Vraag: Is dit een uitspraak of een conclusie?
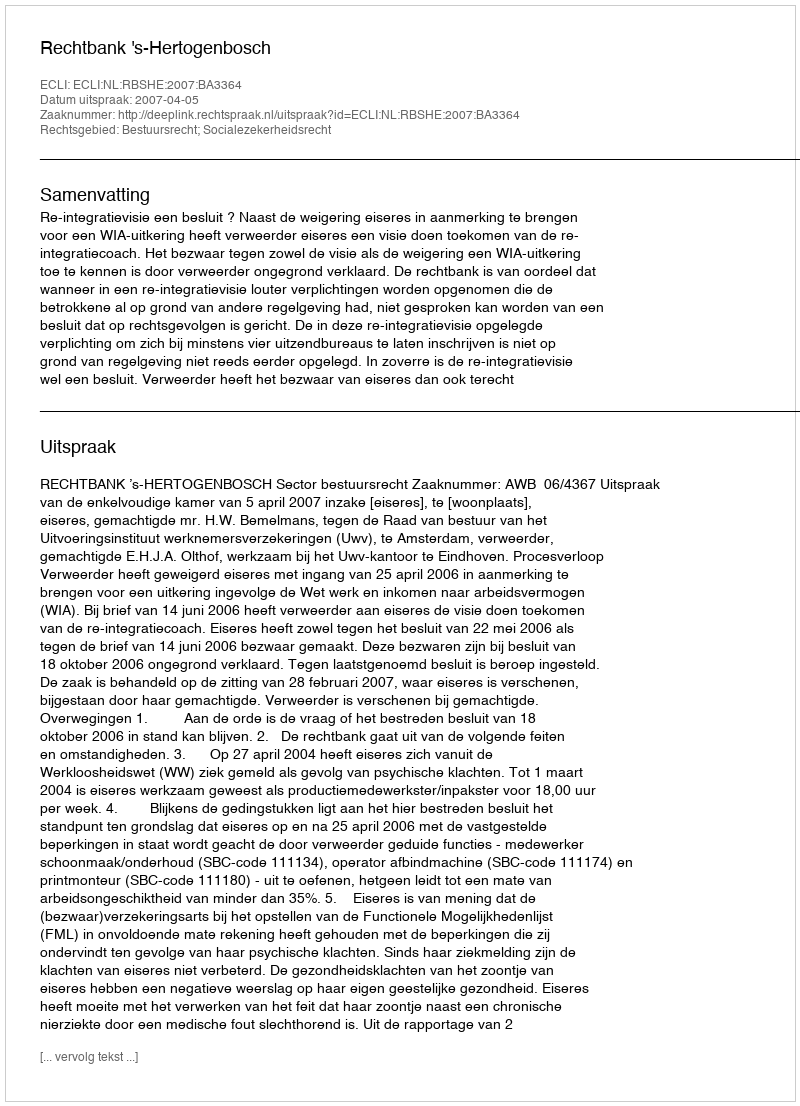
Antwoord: Uitspraak